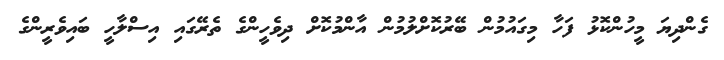
ގެންދިޔަ މީހުންކޮޅު ފަހާ މިގައުމުން ބޭރުކޮށްލުމުން އާންމުކޮށް ދިވެހީންގެ ތެރޭގައި އިސްލާހީ ބައިވެރީންގެ